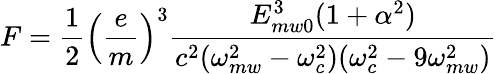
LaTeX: F=\frac{1}{2}\left(\frac{e}{m}\right)^{3}\frac{E_{mw0}^{3}(1+\alpha^{2})}{c^{2}(\omega_{mw}^{2}-\omega_{c}^{2})(\omega_{c}^{2}-9\omega_{mw}^{2})}